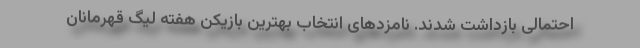
احتمالی بازداشت شدند. نامزدهای انتخاب بهترین بازیکن هفته لیگ قهرمانان